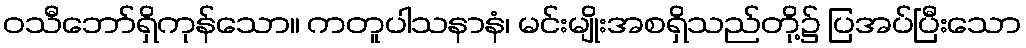
ဝသီဘော်ရှိကုန်သော။ ကတူပါသနာနံ၊ မင်းမျိုးအစရှိသည်တို့၌ ပြအပ်ပြီးသော